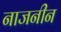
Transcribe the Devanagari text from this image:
नाजनीन